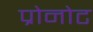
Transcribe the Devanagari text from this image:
प्रोनोट